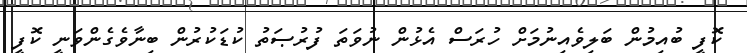
ކޮފީ ބުއިމުން ބަލިވެއިނުމަށް ހުރަސް އެޅުން ނުވަތަ ފުރުޞަތު ކުޑަކުރުން ބިނާވެގެންވަނީ ކޮފީ